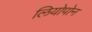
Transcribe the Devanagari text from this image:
लियोपोन